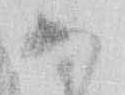
あ